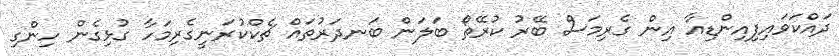
ދައްކަވައިފިއިންޑިއާ އިން ގެރިމަސް ބޭރު ކުރޭތޯ ބަލަން ބަނދަރުތައް ޗެކްކުރަނީގެރިމަހާ ގުޅިގެން ހިންގި